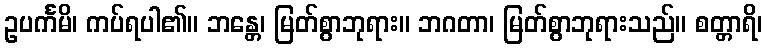
ဥပင်္ကမိ၊ ကပ်ရပါ၏။ ဘန္တေ၊ မြတ်စွာဘုရား။ ဘဂတာ၊ မြတ်စွာဘုရားသည်။ စတ္တာရိ၊